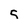
Character: s